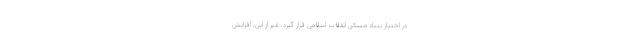
در اختیار بنیاد مسکن انقلاب اسلامی قرار گیرد. غیر از این، افزایش